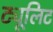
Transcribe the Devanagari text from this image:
ट्यूलिट